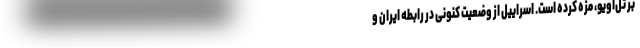
بر تل‌آویو، مزه کرده است. اسراییل از وضعیت کنونی در رابطه ایران و